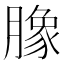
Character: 𭩈